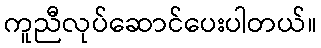
ကူညီလုပ်ဆောင်ပေးပါတယ်။